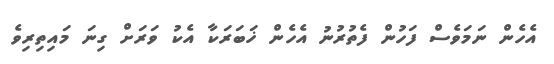
އެހެން ނަމަވެސް ފަހުން ފެތުރުނު އެހެން ޚަބަރަކާ އެކު ވަރަށް ގިނަ މައިތިރިވެ